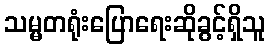
သမ္မတရုံးပြောရေးဆိုခွင့်ရှိသူ